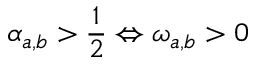
\alpha _ { a , b } > \frac { 1 } { 2 } \Leftrightarrow \omega _ { a , b } > 0